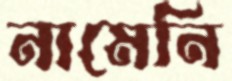
নামেনি